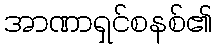
အာဏာရှင်စနစ်၏